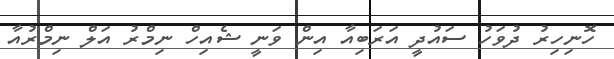
ހޮނިހިރު ދުވަހު ސައުދީ އަރަބިއާ އިން ވަނީ ޝެއިހް ނިމްރު އަލް ނިމްރުއާ